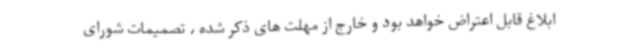
ابلاغ قابل اعتراض خواهد بود و خارج از مهلت های ذکر شده ، تصمیمات شورای